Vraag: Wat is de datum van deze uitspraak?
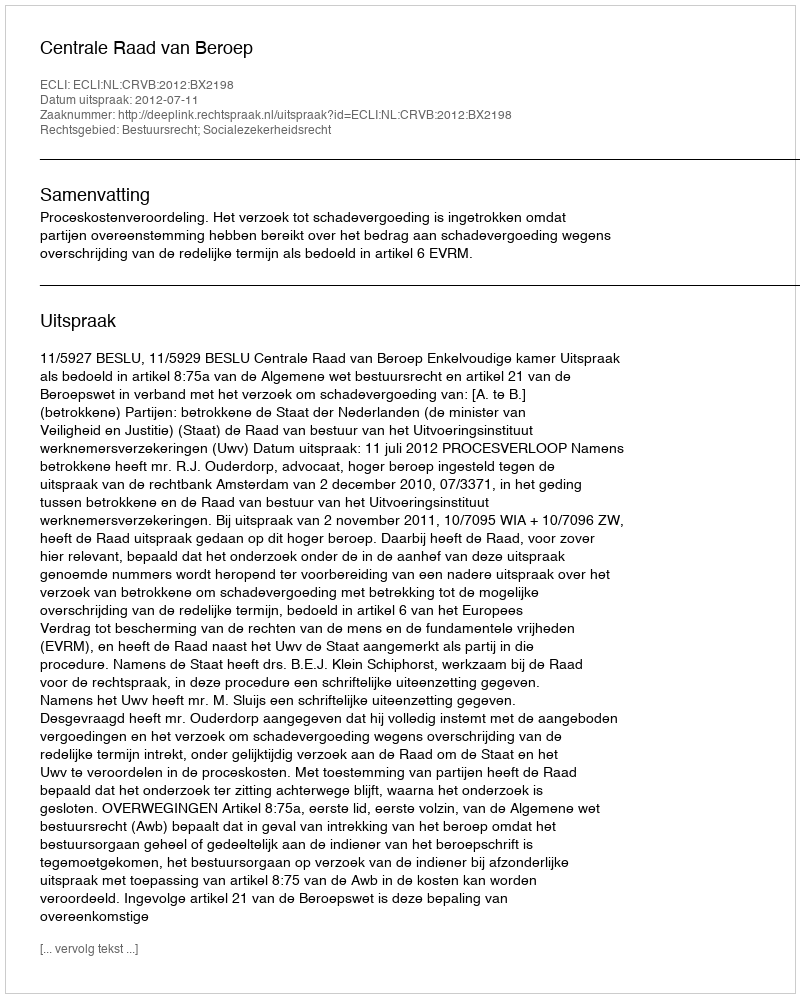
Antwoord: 2012-07-11